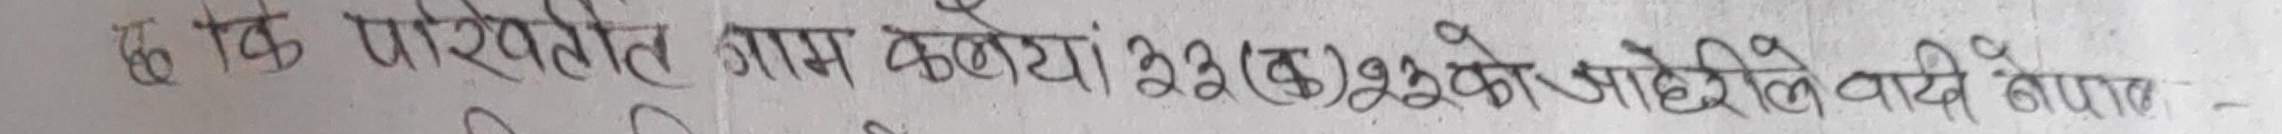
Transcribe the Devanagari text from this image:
छ कि परिक्षामा सामेल भएका २३ (तेह्र) जनाको औदैसिले वर्दी नँपा -